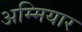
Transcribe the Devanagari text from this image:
अम्मियार